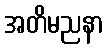
အတိမညနာ